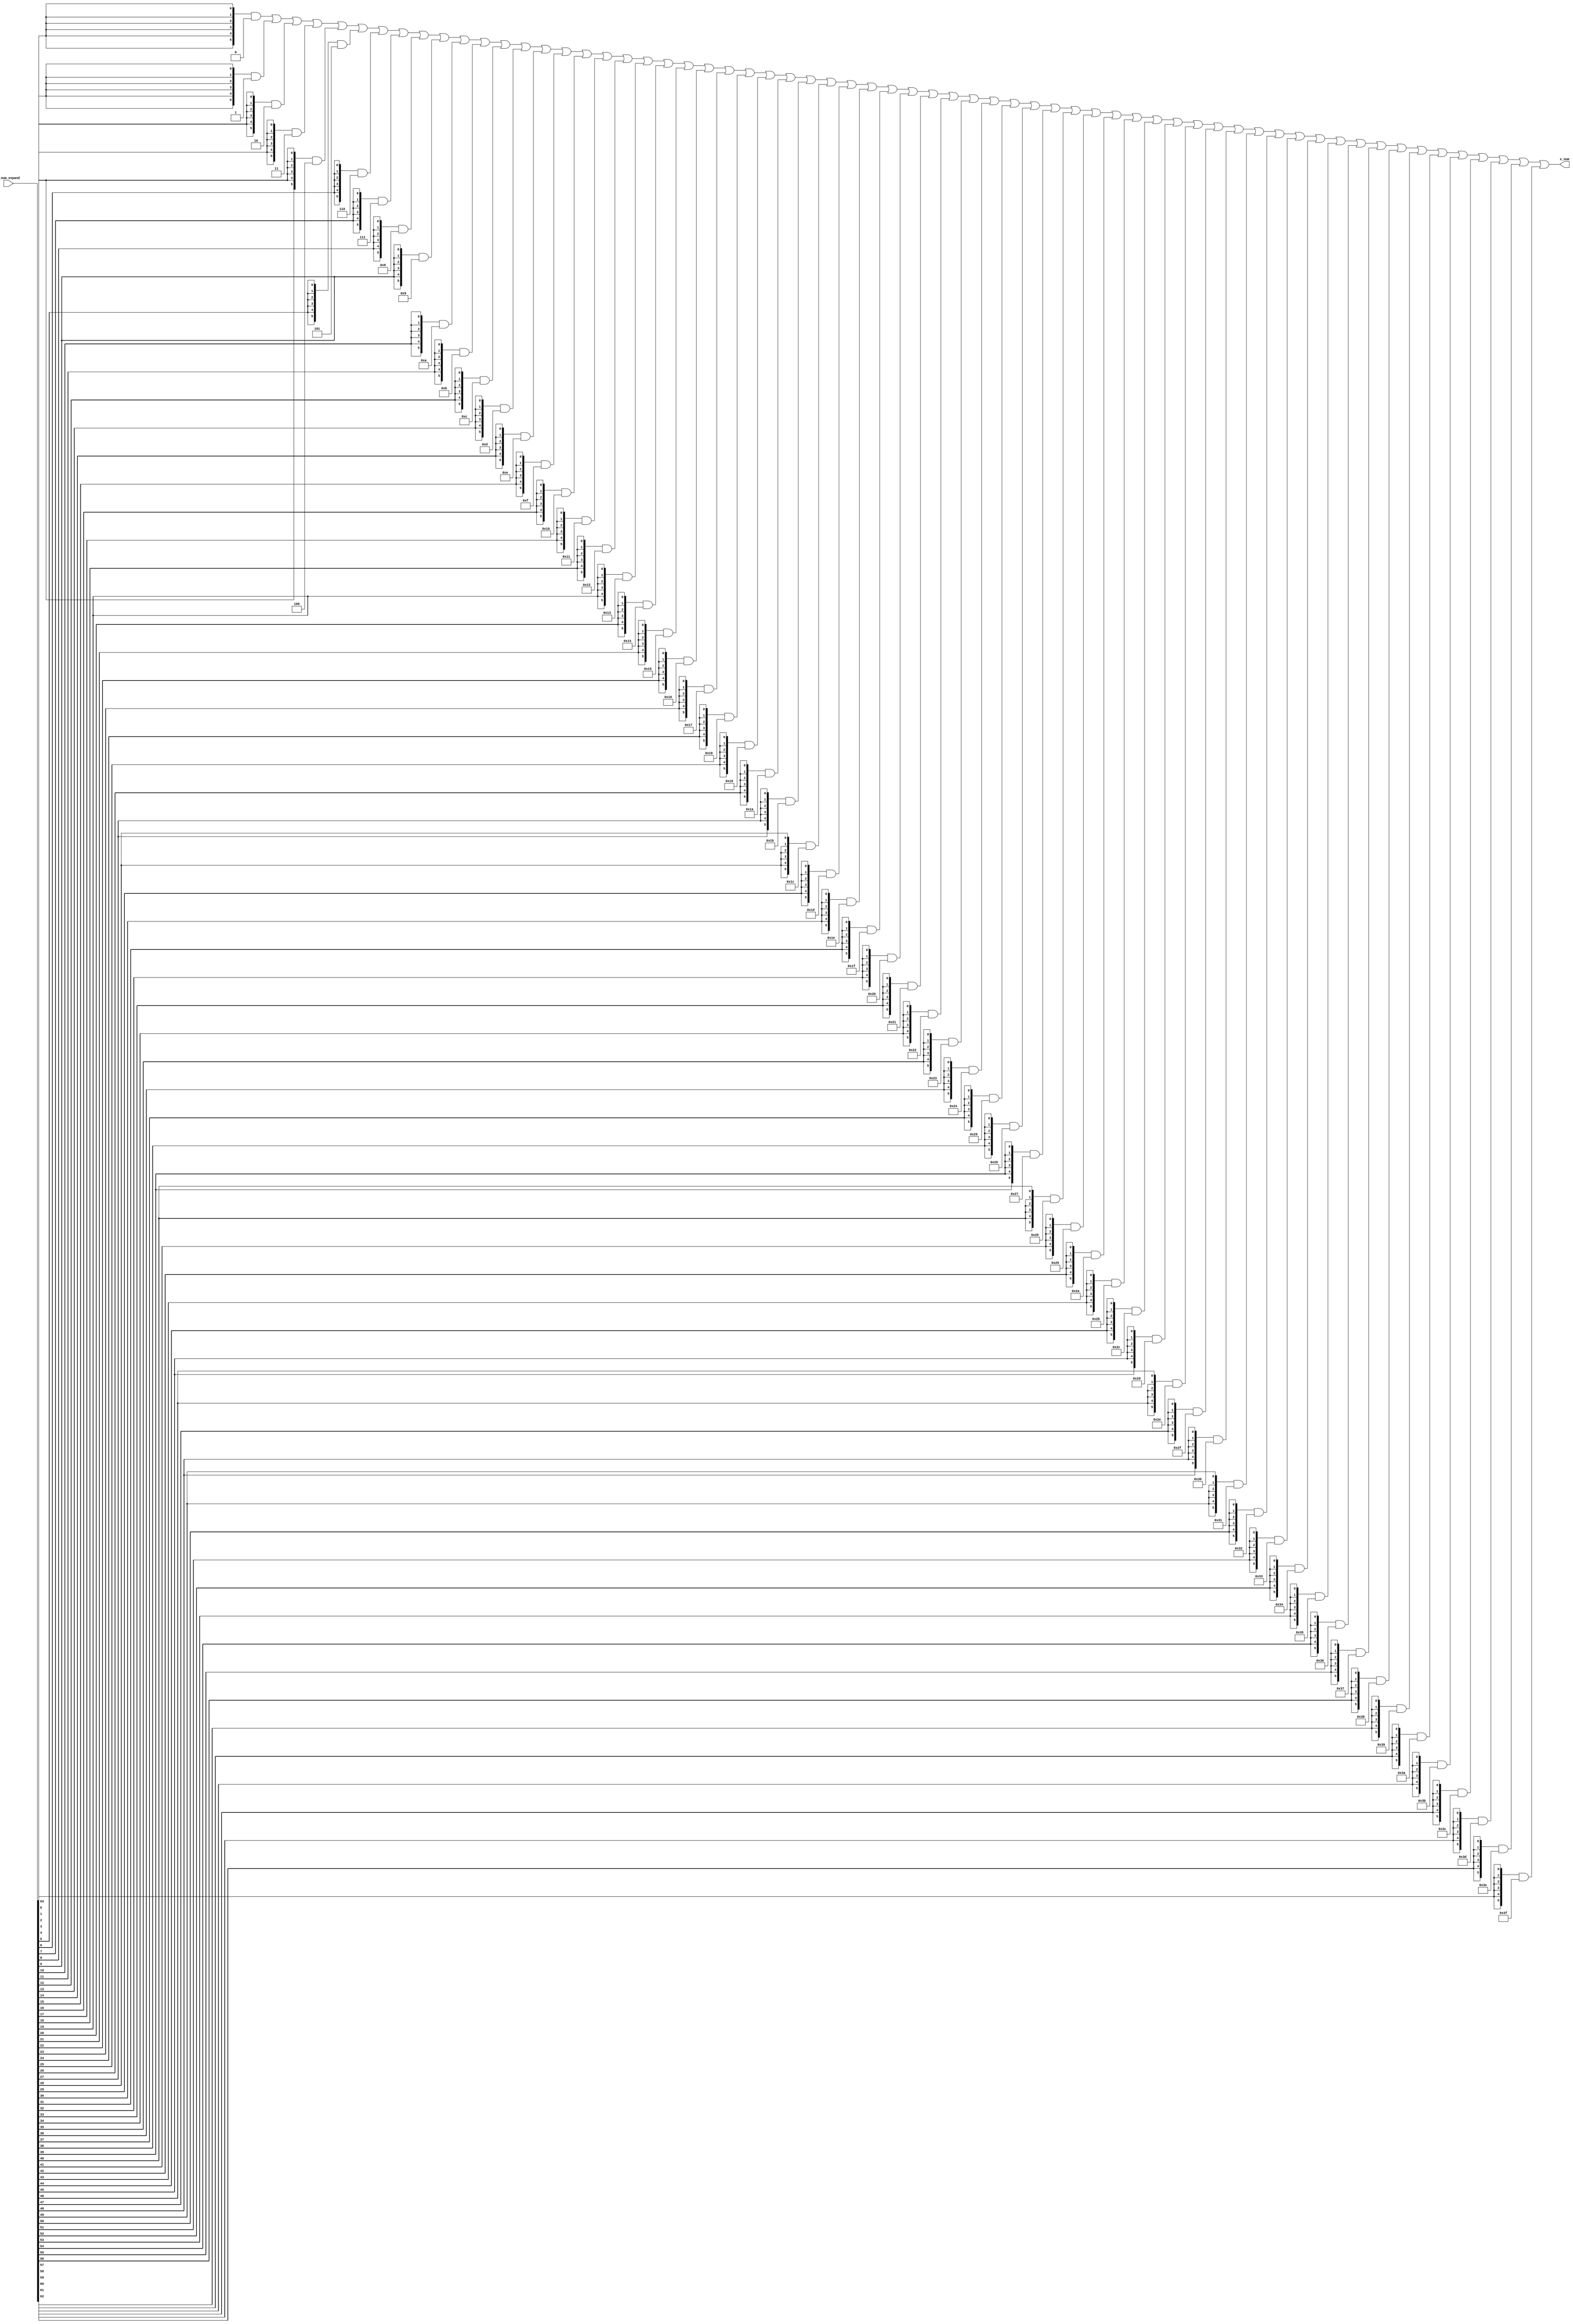
/*Copyright 2019-2021 T-Head Semiconductor Co., Ltd.

Licensed under the Apache License, Version 2.0 (the "License");
you may not use this file except in compliance with the License.
You may obtain a copy of the License at

    http://www.apache.org/licenses/LICENSE-2.0

Unless required by applicable law or agreed to in writing, software
distributed under the License is distributed on an "AS IS" BASIS,
WITHOUT WARRANTIES OR CONDITIONS OF ANY KIND, either express or implied.
See the License for the specific language governing permissions and
limitations under the License.
*/

// &ModuleBeg; @24
module ct_rtu_encode_64(
  x_num,
  x_num_expand
);

// &Ports; @25
input   [63:0]  x_num_expand; 
output  [5 :0]  x_num;       

// &Regs; @26

// &Wires; @27
wire    [5 :0]  x_num;       
wire    [63:0]  x_num_expand; 


//==========================================================
//  encode 64 bits one-hot number to 6 bits binary number
//==========================================================
assign x_num[5:0] =
           {6{x_num_expand[0]}}  & 6'd0
         | {6{x_num_expand[1]}}  & 6'd1
         | {6{x_num_expand[2]}}  & 6'd2
         | {6{x_num_expand[3]}}  & 6'd3
         | {6{x_num_expand[4]}}  & 6'd4
         | {6{x_num_expand[5]}}  & 6'd5
         | {6{x_num_expand[6]}}  & 6'd6
         | {6{x_num_expand[7]}}  & 6'd7
         | {6{x_num_expand[8]}}  & 6'd8
         | {6{x_num_expand[9]}}  & 6'd9
         | {6{x_num_expand[10]}} & 6'd10
         | {6{x_num_expand[11]}} & 6'd11
         | {6{x_num_expand[12]}} & 6'd12
         | {6{x_num_expand[13]}} & 6'd13
         | {6{x_num_expand[14]}} & 6'd14
         | {6{x_num_expand[15]}} & 6'd15
         | {6{x_num_expand[16]}} & 6'd16
         | {6{x_num_expand[17]}} & 6'd17
         | {6{x_num_expand[18]}} & 6'd18
         | {6{x_num_expand[19]}} & 6'd19
         | {6{x_num_expand[20]}} & 6'd20
         | {6{x_num_expand[21]}} & 6'd21
         | {6{x_num_expand[22]}} & 6'd22
         | {6{x_num_expand[23]}} & 6'd23
         | {6{x_num_expand[24]}} & 6'd24
         | {6{x_num_expand[25]}} & 6'd25
         | {6{x_num_expand[26]}} & 6'd26
         | {6{x_num_expand[27]}} & 6'd27
         | {6{x_num_expand[28]}} & 6'd28
         | {6{x_num_expand[29]}} & 6'd29
         | {6{x_num_expand[30]}} & 6'd30
         | {6{x_num_expand[31]}} & 6'd31
         | {6{x_num_expand[32]}} & 6'd32
         | {6{x_num_expand[33]}} & 6'd33
         | {6{x_num_expand[34]}} & 6'd34
         | {6{x_num_expand[35]}} & 6'd35
         | {6{x_num_expand[36]}} & 6'd36
         | {6{x_num_expand[37]}} & 6'd37
         | {6{x_num_expand[38]}} & 6'd38
         | {6{x_num_expand[39]}} & 6'd39
         | {6{x_num_expand[40]}} & 6'd40
         | {6{x_num_expand[41]}} & 6'd41
         | {6{x_num_expand[42]}} & 6'd42
         | {6{x_num_expand[43]}} & 6'd43
         | {6{x_num_expand[44]}} & 6'd44
         | {6{x_num_expand[45]}} & 6'd45
         | {6{x_num_expand[46]}} & 6'd46
         | {6{x_num_expand[47]}} & 6'd47
         | {6{x_num_expand[48]}} & 6'd48
         | {6{x_num_expand[49]}} & 6'd49
         | {6{x_num_expand[50]}} & 6'd50
         | {6{x_num_expand[51]}} & 6'd51
         | {6{x_num_expand[52]}} & 6'd52
         | {6{x_num_expand[53]}} & 6'd53
         | {6{x_num_expand[54]}} & 6'd54
         | {6{x_num_expand[55]}} & 6'd55
         | {6{x_num_expand[56]}} & 6'd56
         | {6{x_num_expand[57]}} & 6'd57
         | {6{x_num_expand[58]}} & 6'd58
         | {6{x_num_expand[59]}} & 6'd59
         | {6{x_num_expand[60]}} & 6'd60
         | {6{x_num_expand[61]}} & 6'd61
         | {6{x_num_expand[62]}} & 6'd62
         | {6{x_num_expand[63]}} & 6'd63;

// &ModuleEnd; @98
endmodule